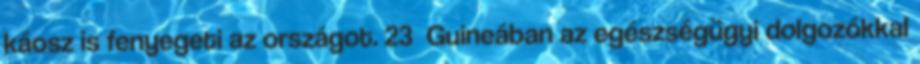
káosz is fenyegeti az országot. 23 Guineában az egészségügyi dolgozókkal